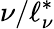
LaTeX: \nu/\ell_{\nu}^{*}